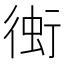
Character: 𧊔